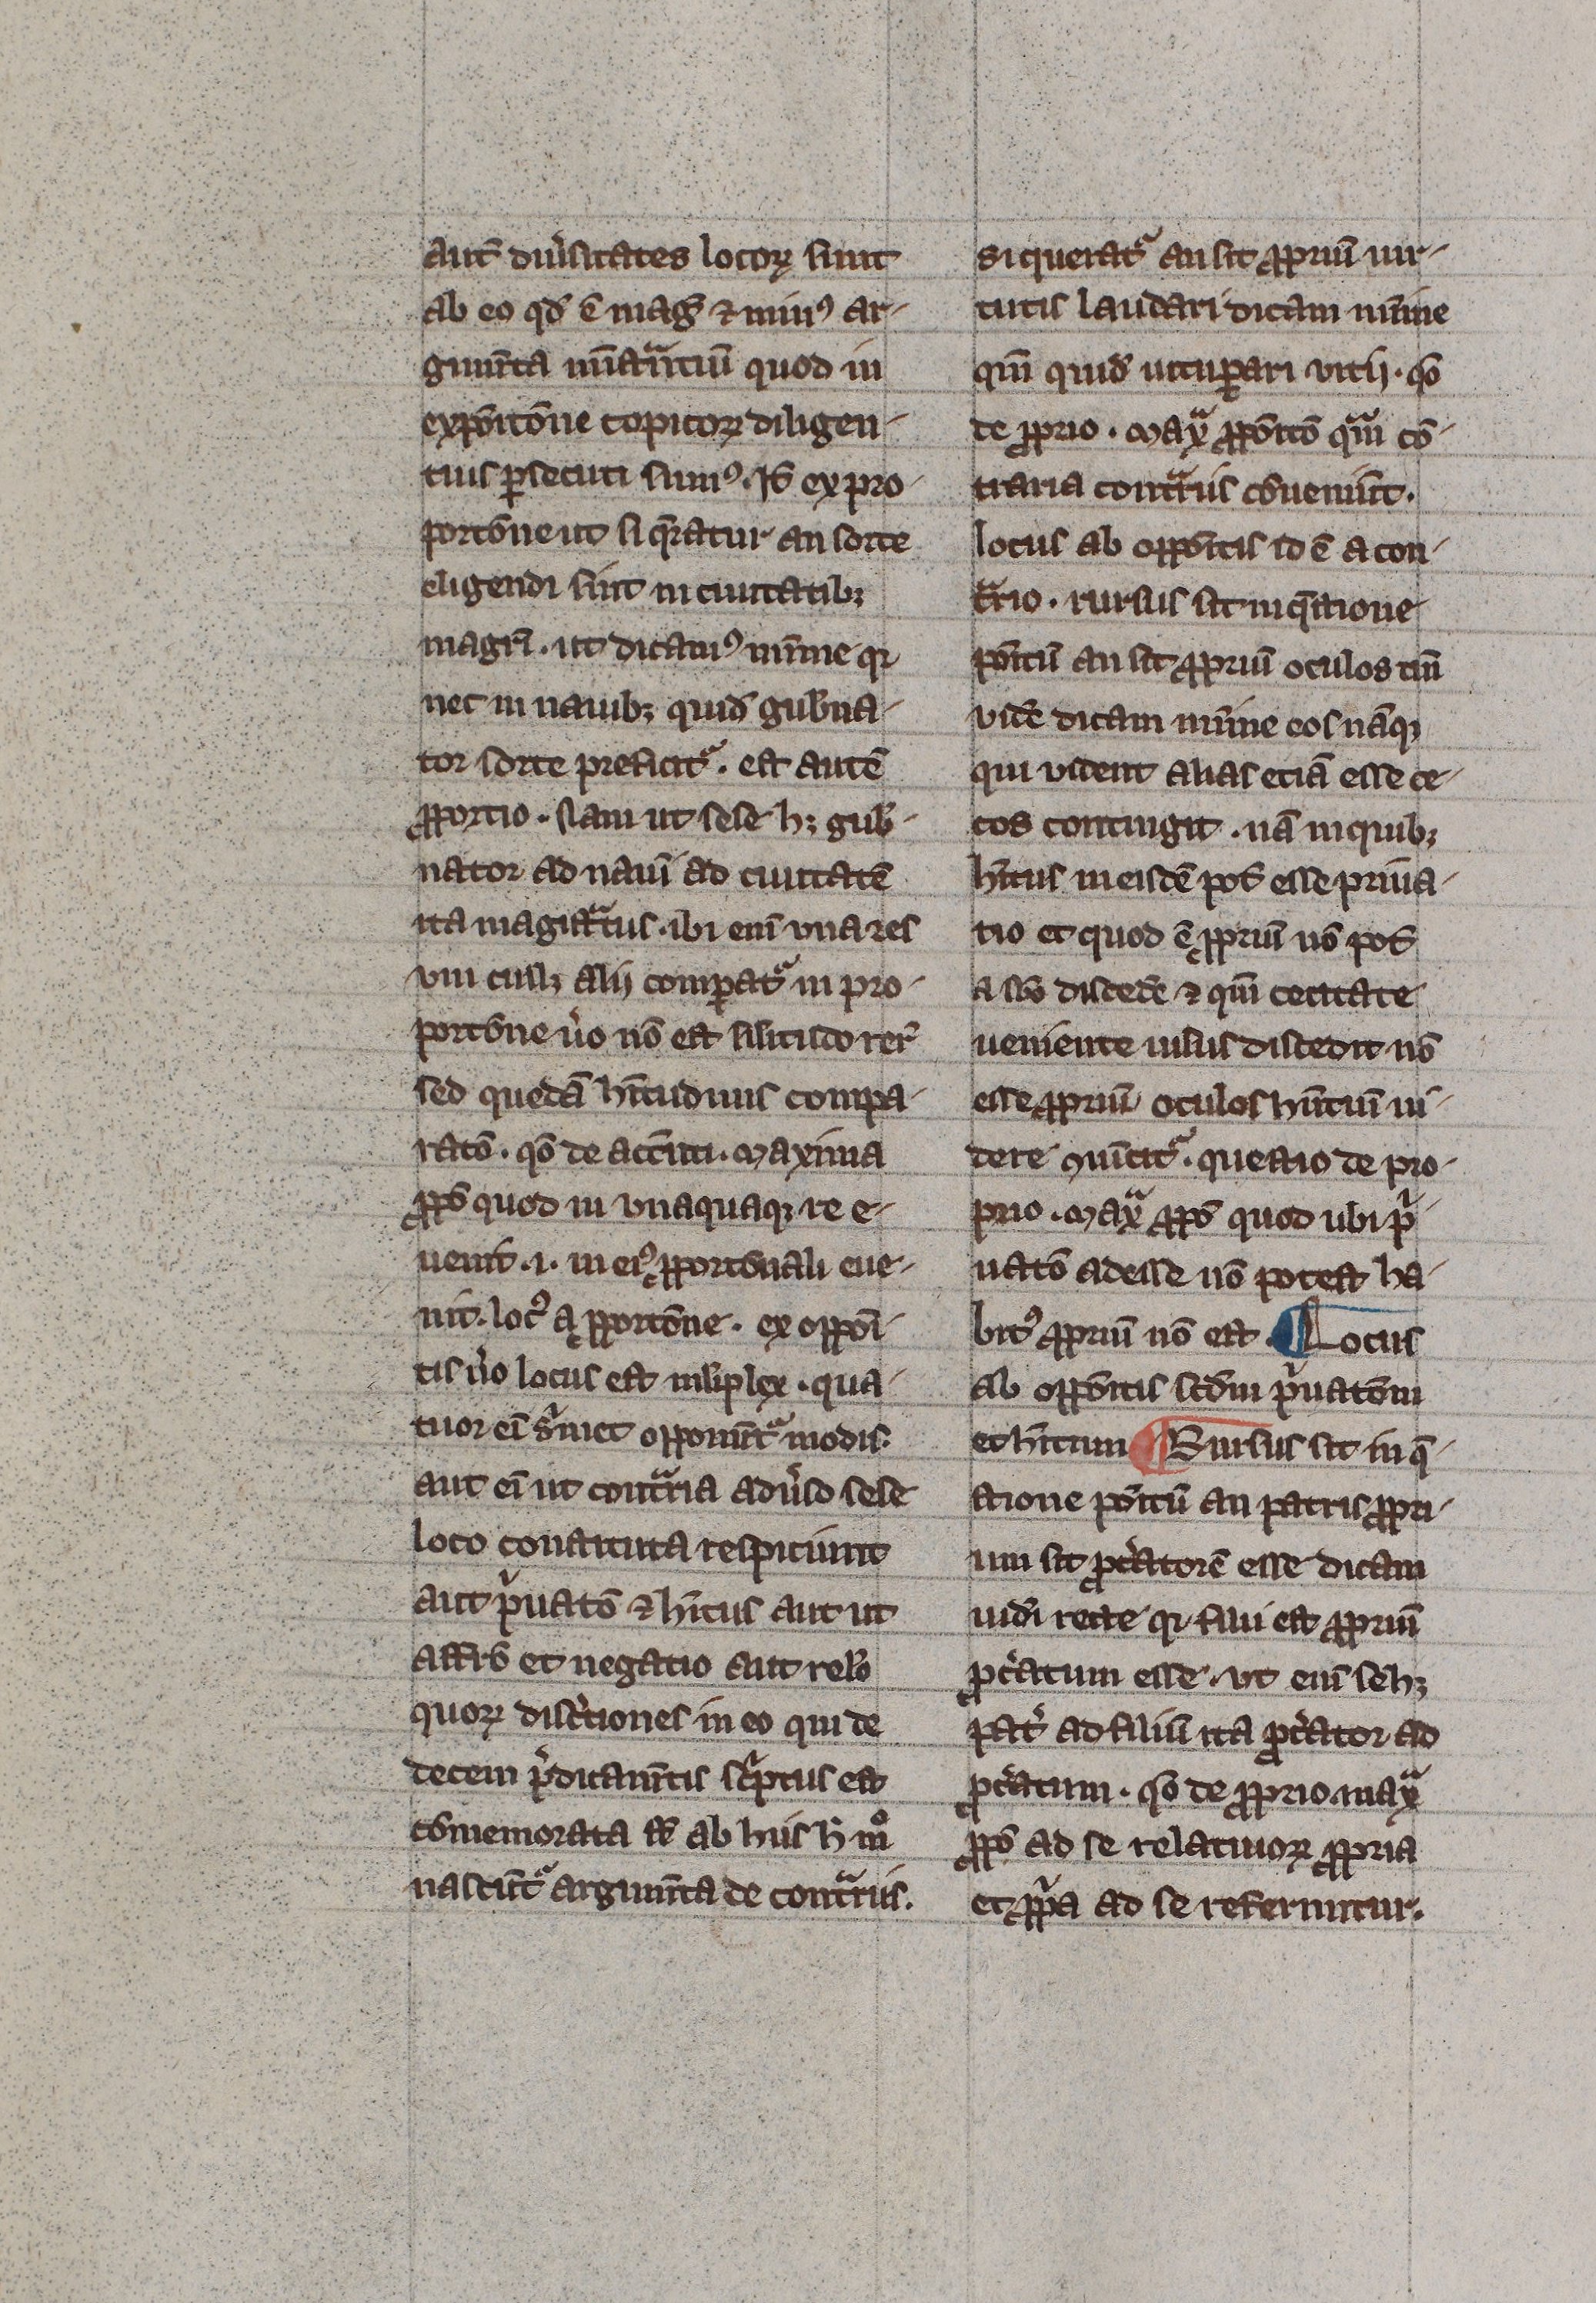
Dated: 1300–1330